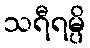
သရီရမ္ပိ